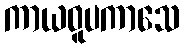
ကာယဝူပကာသေ